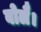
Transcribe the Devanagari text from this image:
बोलै।